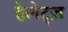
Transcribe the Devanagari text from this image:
हेलेट्ज़